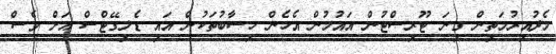
މެދުއިރުމަތިން ގިނަ ޓޫރިސްޓުން އައުމުން އެހެން ހިސާބުތަކުން އައި ޑެލިގޭޓްސް އަށް ވެސް